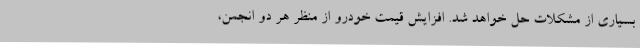
بسیاری از مشکلات حل خواهد شد. افزایش قیمت خودرو از منظر هر دو انجمن،